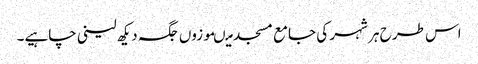
اس طرح ہر شہر کی جامع مسجد میںموزوں جگہ دیکھ لینی چاہیے۔